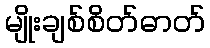
မျိုးချစ်စိတ်ဓာတ်